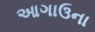
આગાઉના